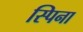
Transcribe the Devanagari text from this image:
स्पिना